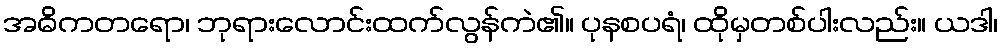
အဓိကတရော၊ ဘုရားလောင်းထက်လွန်ကဲ၏။ ပုနစပရံ၊ ထိုမှတစ်ပါးလည်း။ ယဒါ၊